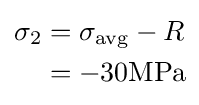
{\begin{aligned}\sigma _{2}&=\sigma _{\mathrm {avg} }-R\\&=-30{\textrm {MPa}}\\\end{aligned}}